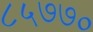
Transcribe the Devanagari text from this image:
८५७७०